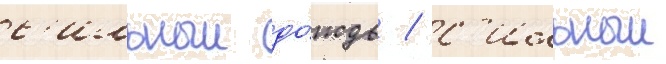
с'ильныи до́ждь / с'ильныи